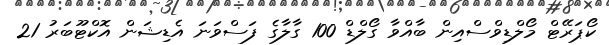
ކޯޕަރޭޓް މޯލްޑިވްސްއިން ބާއްވާ ގޯލްޑް 100 ގާލާގެ ފަސްވަނަ އެޑިޝަން އޮކްޓޫބަރު 21